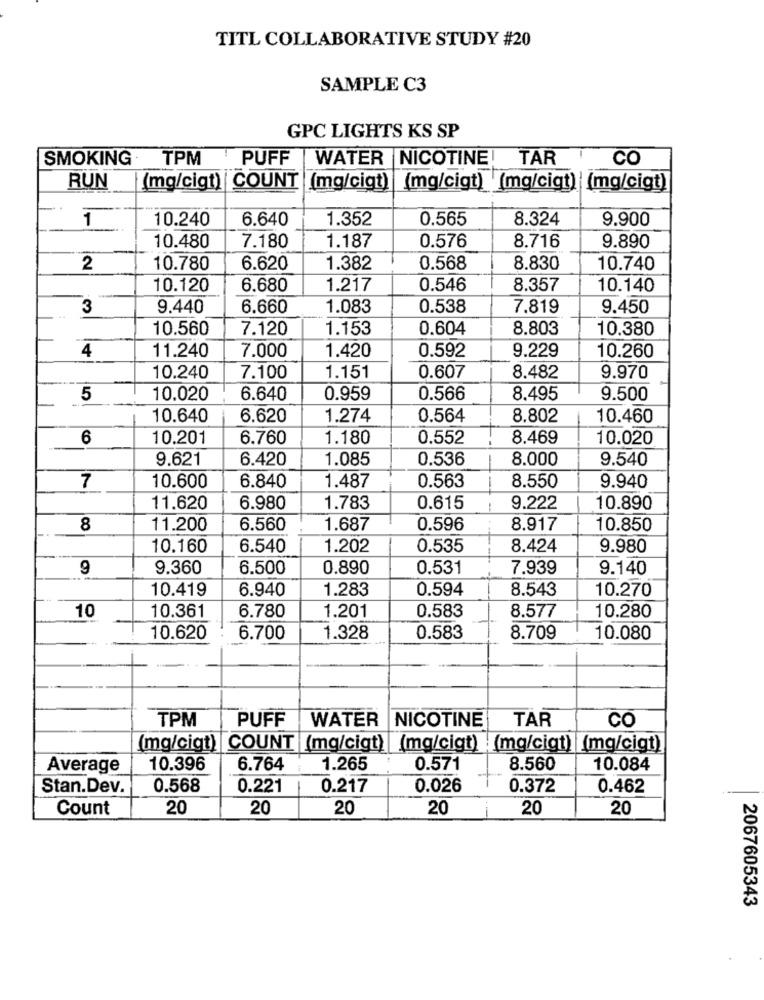
TITL COLLABORATIVE STUDY #20
SAMPLE C3
GPC LIGHTS KS SP
SMOKING·
TPM
PUFF
WATER NICOTINE
TAR
CO
RUN
(mg/cigt) COUNT (mg/cigt)
(mg/cigt) (mg/cigt) (mg/cigt)
1
10.240
6.640
1.352
0.565
8.324
9.900
1.187
0.576
10.480
7.180
8.716
9.890
2
10.780
6.620
1.382
0.568
8.830
10.740
10.120
6.680
1.217
0.546
8.357
10.140
3
9.440
6.660
1.083
0.538
7.819
9.450
10.560
7.120
1.153
0.604
8.803
10.380
4
11.240
7.000
0.592
9.229
1.420
10.260
10.240
7.100
1.151
0.607
8.482
9.970
5
10.020
6.640
0.959
0.566
8.495
9.500
10.640
6.620
1.274
0.564
8.802
10.460
6
10.201
6.760
1.180
0.552
8.469
10.020
9.621
6.420
1.085
0.536
8.000
9.540
10.600
6.840
0.563
7
1.487
8.550
9.940
11.620
6.980
1.783
0.615
9.222
10.890
8
11.200
6.560
1.687
0.596
8.917
10.850
10.160
6.540
1.202
0.535
8.424
9.980
9
9.360
6.500
0.890
0.531
7.939
9.140
10.419
6.940
1.283
0.594
8.543
10.270
10
1.201
0.583
10.361
6.780
8.577
10.280
10.620
6.700
1.328
0.583
8.709
10.080
TPM
PUFF
WATER
NICOTINE
TAR
CO
(mg/cigt) COUNT (mg/cigt) (mg/cigt) (mg/cigt) (mg/cigt)
Average
10.396
6.764
1.265
0.571
8.560
10.084
Stan.Dev.
0.568
0.221
0.217
0.026
0.372
0.462
Count
20
20
20
20
-
20
20
2067605343